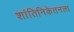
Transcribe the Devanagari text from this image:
शांतिनिकेतनला